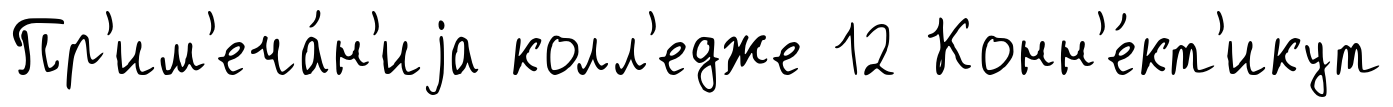
Пр'им'еча́н'иjа колл'едже 12 Конн'е́кт'икут